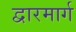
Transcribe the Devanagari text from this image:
द्वारमार्ग